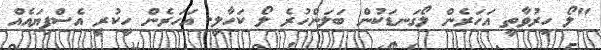
"ލޯ ހިރުވާތީ އަހަރެން ލޯގަނޑަކުން ބަލަންހުރެ ލޯ ކަހާލީ. އަހަރެން ހީކުރީ އެސްފިޔައެއް